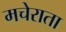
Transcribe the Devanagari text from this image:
मचेराता